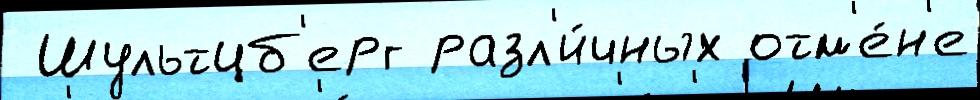
 Шультцб'ерг разл'и́чных отм'е́н'е